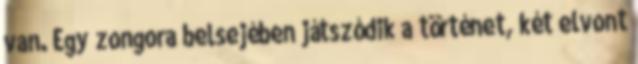
van. Egy zongora belsejében játszódik a történet, két elvont